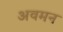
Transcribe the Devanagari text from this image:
अवमन